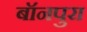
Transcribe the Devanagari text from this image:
बॉनपुरा